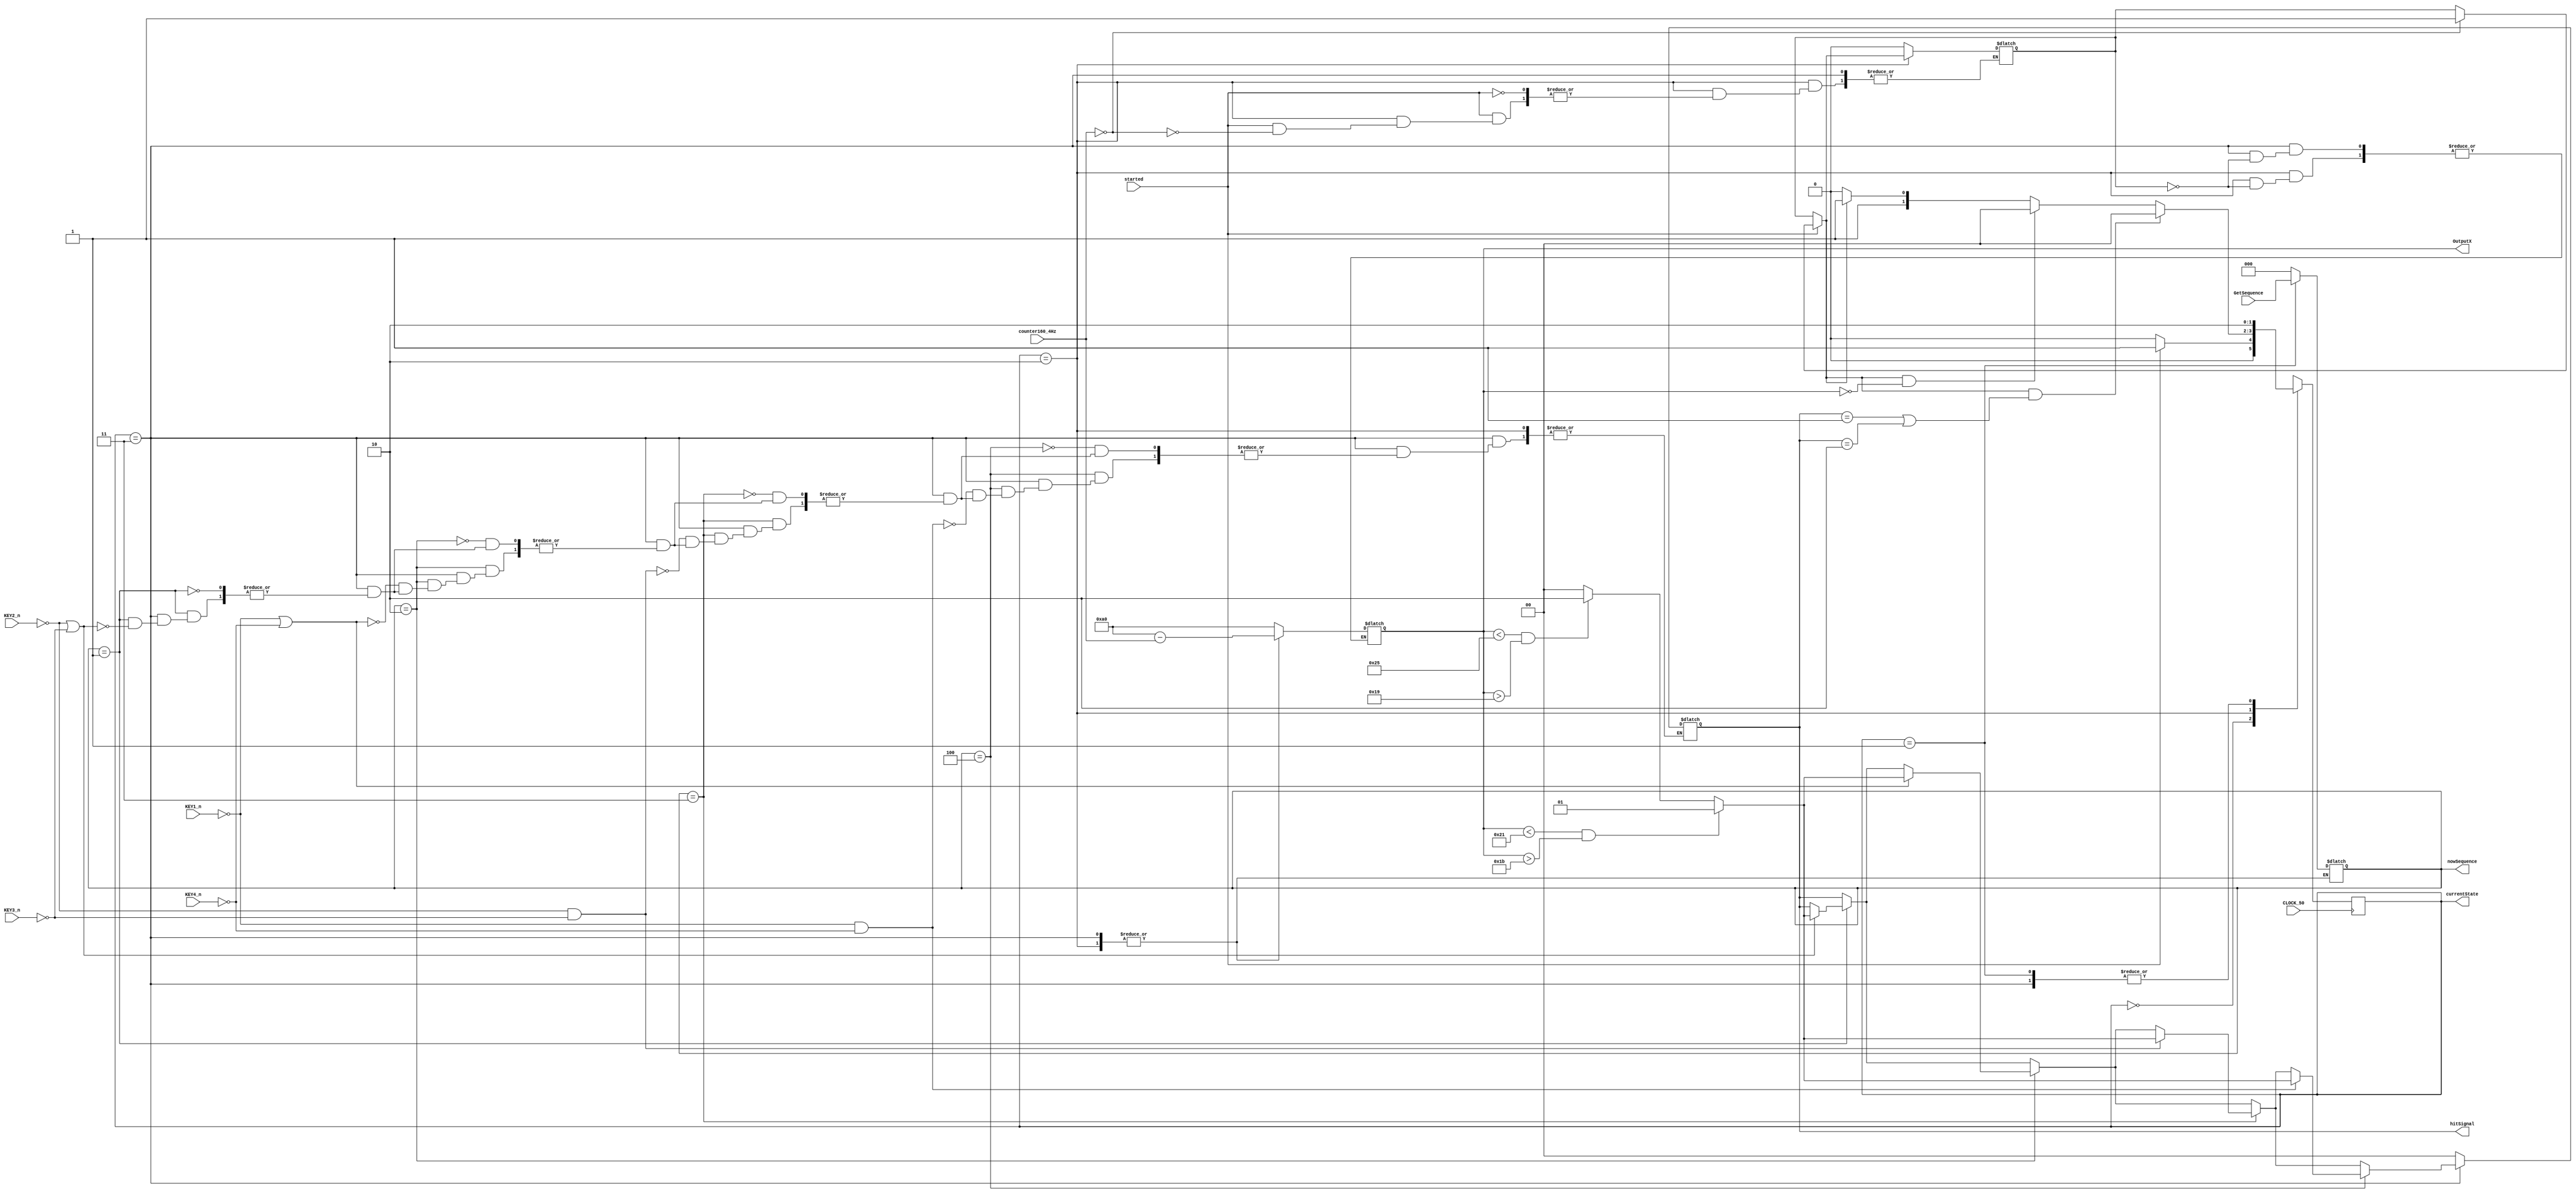


module ListedParts( /*KEY Input*/ KEY1_n, KEY2_n, KEY3_n, KEY4_n,
	GetSequence, started, counter160_4Hz, CLOCK_50, OutputX, nowSequence, currentState, hitSignal);

	input started, CLOCK_50;
	input KEY1_n, KEY2_n, KEY3_n, KEY4_n;
	input [7:0]counter160_4Hz;
	input [2:0]GetSequence;
	
	
	output reg [1:0]currentState;
	output reg [7:0]OutputX;
	output [1:0]hitSignal;
	output reg [2:0]nowSequence;
	
	reg [1:0] nextState;
	reg [1:0] hitStatus;
	reg Begin;
	reg [2:0] color;

	
	assign LEDR = Begin;
	assign hitSignal = hitStatus;
	
	parameter reset = 2'b00, getSequence = 2'b01, computing = 2'b10, onHit = 2'b11;
	
	//controlPath
	//state table
	always@(*)
		begin: state_table
			case(currentState)
			
				reset:
					begin
						Begin = 0;
						hitStatus = 2'b00;
						if(started)
							nextState = getSequence;
						else 
							nextState = reset;
					end
				
				getSequence:
					begin
						Begin = 0;
						hitStatus = 2'b00;
						nextState = computing;
					end
					
				computing:
					begin
						
						if(started)
							if(counter160_4Hz == 0)
								Begin = 1;
								
						if (Begin & ((hitStatus == 2'b01) | (hitStatus == 2'b10)))
							nextState = reset;
						else if (Begin & (OutputX == 0))
							nextState = reset;
						else if (Begin) 
							nextState = onHit;
						else nextState = computing;
					end
					
				onHit:
					begin
						if (nowSequence == 3'b001)
							if ((!KEY2_n)|(!KEY3_n))
								begin
									if ((OutputX < 8'b00100001)&(OutputX > 8'b00011011))
										hitStatus = 2'b01;
									else if ((OutputX < 8'b00100101)&(OutputX > 8'b00011001))
										hitStatus = 2'b10;
									else hitStatus = 2'b00;
								end
							
						if (nowSequence == 3'b010)
							if ((!KEY1_n)|(!KEY4_n))
								begin
									if ((OutputX < 8'b00100001)&(OutputX > 8'b00011011))
										hitStatus = 2'b01;
									else if ((OutputX < 8'b00100101)&(OutputX > 8'b00011001))
										hitStatus = 2'b10;
									else hitStatus = 2'b00;
								end
							
						if (nowSequence == 3'b011)
							if ((!KEY2_n)&(!KEY3_n))
								begin
									if ((OutputX < 8'b00100001)&(OutputX > 8'b00011011))
										hitStatus = 2'b01;
									else if ((OutputX < 8'b00100101)&(OutputX > 8'b00011001))
										hitStatus = 2'b10;
									else hitStatus = 2'b00;
								end
							
						if (nowSequence == 3'b100)
							if ((!KEY1_n)&(!KEY4_n))
								begin
									if ((OutputX < 8'b00100001)&(OutputX > 8'b00011011))
										hitStatus = 2'b01;
									else if ((OutputX < 8'b00100101)&(OutputX > 8'b00011001))
										hitStatus = 2'b10;
									else hitStatus = 2'b00;
								end
								
						nextState = computing;
							
					end

				default:
					begin
						Begin = 0;
						hitStatus = 2'b00;;
						nextState = reset;
					end
							
			endcase
		end
			
			
	//dataPath
	always@(*)
		begin: output_logic
			case(currentState)
			
				reset:
					begin
						OutputX = 8'b10100000;
						color = 3'b000;
						nowSequence = 3'b000;
					end
				
				getSequence:
					begin
						OutputX = 8'b10100000;
						
						nowSequence = GetSequence;
						
						if ((nowSequence == 3'b001) | (nowSequence == 3'b011))
							color = 3'b100;
						else if ((nowSequence == 3'b010) | (nowSequence == 3'b100))
							color = 3'b011;
						else color = 3'b000;
					end
					
				computing:
					begin
						if(Begin)
							OutputX = 8'b10100000 - counter160_4Hz;
							
						if ((nowSequence == 3'b001) | (nowSequence == 3'b011))
							color = 3'b100;
						else if ((nowSequence == 3'b010) | (nowSequence == 3'b100))
							color = 3'b011;
						else color = 3'b000;
					end
				
				onHit:
					begin
						if(Begin)
							OutputX = 8'b10100000 - counter160_4Hz;
							
						if ((nowSequence == 3'b001) | (nowSequence == 3'b011))
							color = 3'b100;
						else if ((nowSequence == 3'b010) | (nowSequence == 3'b100))
							color = 3'b011;
						else color = 3'b000;
					end
					
				default:
					begin
						OutputX = 8'b10100000;
						color = 3'b000;
						nowSequence = 3'b000;
					end
					
			endcase
		end
		
	//state reg
	always @(posedge CLOCK_50)
		begin: state_FFs
			currentState <= nextState;
		end
				
endmodule